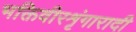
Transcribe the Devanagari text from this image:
भक्तिवीरशृंगारादी